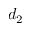
d _ { 2 }